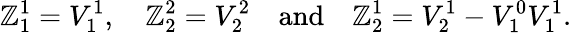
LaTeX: \mathbb{Z}_{1}^{1}=V_{1}^{1},\quad\mathbb{Z}_{2}^{2}=V_{2}^{2}\quad\mathrm{{and}}\quad\mathbb{Z}_{2}^{1}=V_{2}^{1}-V_{1}^{0}V_{1}^{1}.